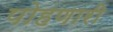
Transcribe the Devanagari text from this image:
पोहणारी